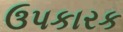
ઉપકારક